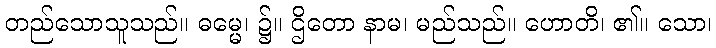
တည်သောသူသည်။ ဓမ္မေ၊ ၌။ ဌိတော နာမ၊ မည်သည်။ ဟောတိ၊ ၏။ သော၊